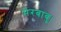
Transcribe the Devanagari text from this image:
मेरबाबु।